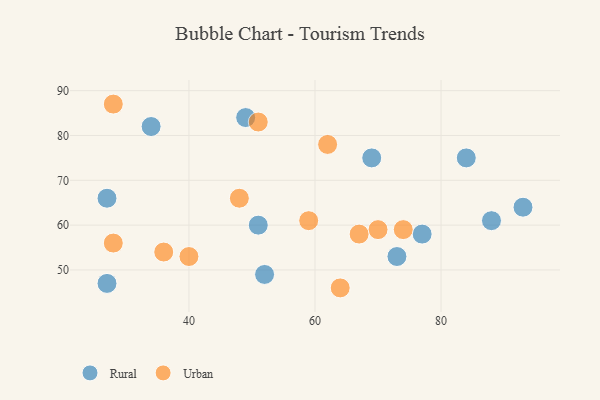
{"axis": {"x": "GDP", "y": "Life Expectancy"}, "legend": ["Rural", "Urban"], "data": [{"x": "93", "y": 64, "type": "Rural"}, {"x": "52", "y": 49, "type": "Rural"}, {"x": "73", "y": 53, "type": "Rural"}, {"x": "27", "y": 66, "type": "Rural"}, {"x": "49", "y": 84, "type": "Rural"}, {"x": "69", "y": 75, "type": "Rural"}, {"x": "34", "y": 82, "type": "Rural"}, {"x": "88", "y": 61, "type": "Rural"}, {"x": "27", "y": 47, "type": "Rural"}, {"x": "51", "y": 60, "type": "Rural"}, {"x": "77", "y": 58, "type": "Rural"}, {"x": "84", "y": 75, "type": "Rural"}, {"x": "59", "y": 61, "type": "Urban"}, {"x": "40", "y": 53, "type": "Urban"}, {"x": "62", "y": 78, "type": "Urban"}, {"x": "36", "y": 54, "type": "Urban"}, {"x": "51", "y": 83, "type": "Urban"}, {"x": "28", "y": 56, "type": "Urban"}, {"x": "74", "y": 59, "type": "Urban"}, {"x": "64", "y": 46, "type": "Urban"}, {"x": "48", "y": 66, "type": "Urban"}, {"x": "70", "y": 59, "type": "Urban"}, {"x": "28", "y": 87, "type": "Urban"}, {"x": "67", "y": 58, "type": "Urban"}]}